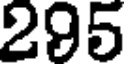
295